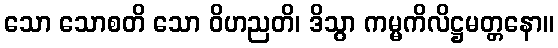
သော သောစတိ သော ဝိဟညတိ၊ ဒိသွာ ကမ္မကိလိဋ္ဌမတ္တနော။